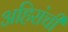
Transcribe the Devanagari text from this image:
अहिरांची